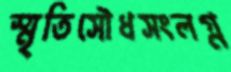
স্মৃতিসৌধসংলগ্ন